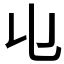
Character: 𠄑